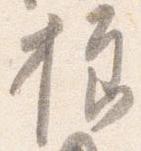
様